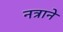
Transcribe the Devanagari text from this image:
नत्राने